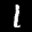
Label: 1